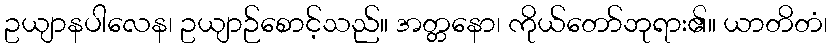
ဥယျာနပါလေန၊ ဥယျာဉ်စောင့်သည်။ အတ္တနော၊ ကိုယ်တော်ဘုရား၏။ ယာတိတံ၊